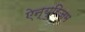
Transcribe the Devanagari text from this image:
ऐन्युरिज़म